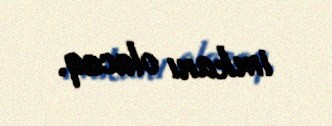
imkanı olacaq.